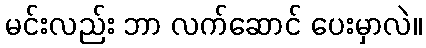
မင်းလည်း ဘာ လက်ဆောင် ပေးမှာလဲ။